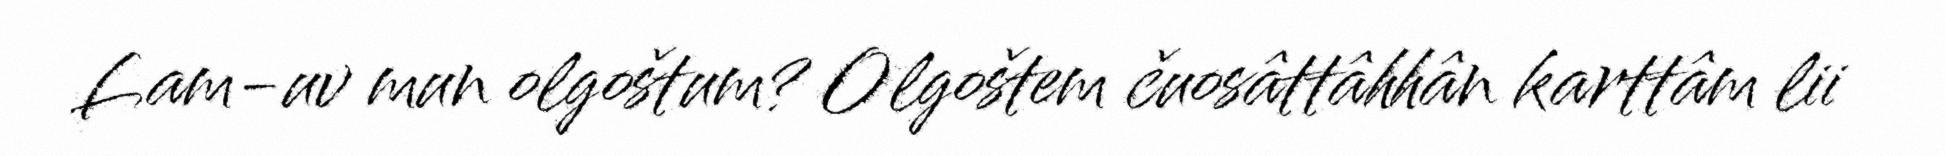
Lam-uv mun olgoštum? Olgoštem čuosâttâhhân karttâm lii